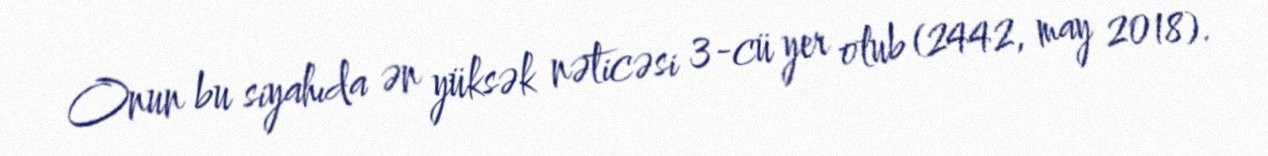
Onun bu siyahıda ən yüksək nəticəsi 3-cü yer olub (2442, may 2018).